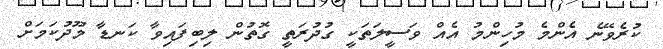
ކުރެވޭނެ އެންމެ މުހިންމު އެއް ވަސީލަތަކީ ގުދުރަތީ ގޮތުން ލިބިފައިވާ ކަނޑާ މޫދުކަމަށް